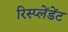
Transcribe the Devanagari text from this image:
रिस्प्लेंडेंट